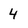
Character: 4